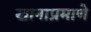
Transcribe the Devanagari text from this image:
खानाप्रमाणे